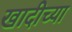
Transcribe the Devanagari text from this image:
खादीच्या